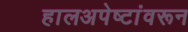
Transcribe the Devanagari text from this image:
हालअपेष्टांवरून